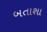
બતાશા